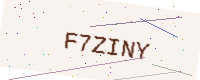
Text: F7ZINY